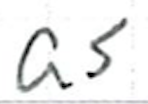
Text: as
Cross-out: clean
Writing tool: ballpoint